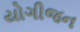
યોગીજન